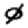
Digit: 0